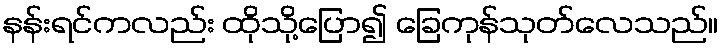
နန်းရင်ကလည်း ထိုသို့ပြော၍ ခြေကုန်သုတ်လေသည်။